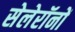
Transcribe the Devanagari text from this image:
सेलेरॉनों